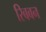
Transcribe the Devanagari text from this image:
रिबबन